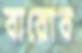
বারোব